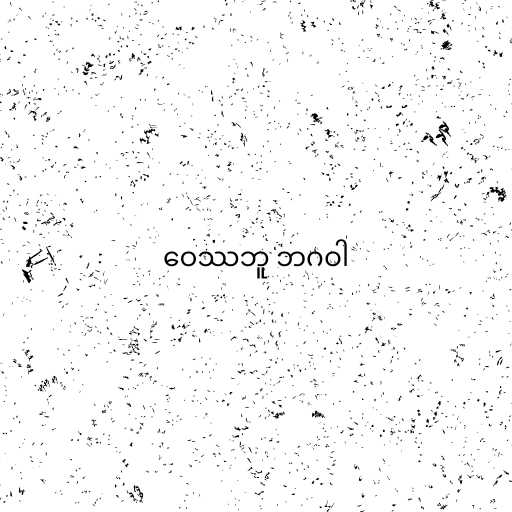
ဝေဿဘူ ဘဂဝါ